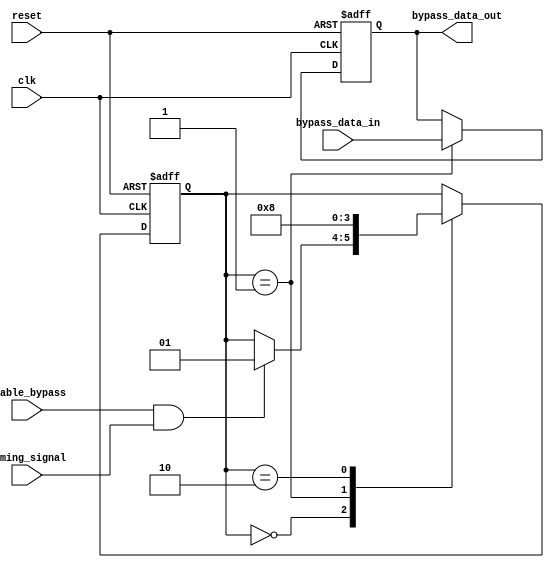
module Simple_Bypass_Register(
    input wire clk,
    input wire reset,
    input wire enable_bypass,
    input wire timing_signal,
    input wire bypass_data_in,
    output reg bypass_data_out
);

// Synchronization logic
reg [1:0] sync_state;
parameter IDLE = 2'b00, SYNC1 = 2'b01, SYNC2 = 2'b10;

always @(posedge clk or posedge reset) begin
    if (reset) begin
        sync_state <= IDLE;
    end else begin
        case(sync_state)
            IDLE: begin
                if (enable_bypass && timing_signal) begin
                    sync_state <= SYNC1;
                end
            end
            SYNC1: begin
                sync_state <= SYNC2;
            end
            SYNC2: begin
                sync_state <= IDLE;
            end
        endcase
    end
end

// Simple Bypass register functionality
always @(posedge clk or posedge reset) begin
    if (reset) begin
        bypass_data_out <= 1'b0;
    end else begin
        if (sync_state == SYNC1) begin
            bypass_data_out <= bypass_data_in;
        end
    end
end

endmodule